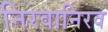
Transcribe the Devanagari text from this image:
निरवानिरव